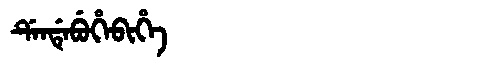
Manchu: ᡩᡝᠨᡩᡝᠪᡠᡥᡝᠪᡳᡥᡝ
Romanization: DENDEBUHEBIHE